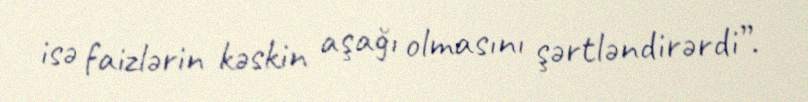
isə faizlərin kəskin aşağı olmasını şərtləndirərdi”.